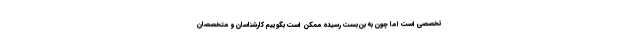
تخصصی است اما چون به بن‌بست رسیده ممکن است بگوییم کارشناسان و متخصصان